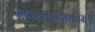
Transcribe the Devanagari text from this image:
महापातकनाशनम्‌॥